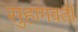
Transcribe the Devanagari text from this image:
सुहागवती